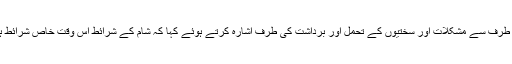
ایرانی پارلیمنٹ کے اسپیکر علی لاریجانی نے شامی قوم کی طرف سے مشکلات اور سختیوں کے تحمل اور برداشت کی طرف اشارہ کرتے ہوئے کہا کہ شام کے شرائط اس وقت خاص شرائط ہیں اور شامی عوام اور حکومت کو عنقریب فتح نصیب ہوگی۔